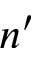
n ^ { \prime }